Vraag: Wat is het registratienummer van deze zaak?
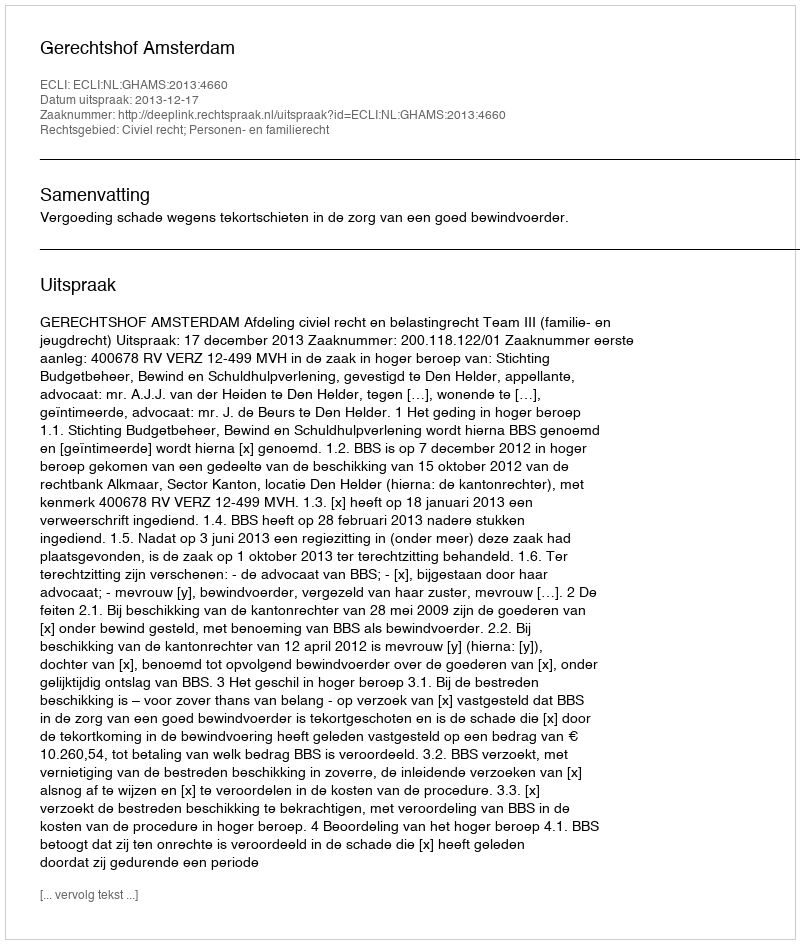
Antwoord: http://deeplink.rechtspraak.nl/uitspraak?id=ECLI:NL:GHAMS:2013:4660